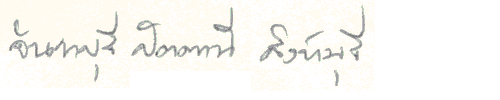
จันทบุรีปัตตานีสิงห์บุรี